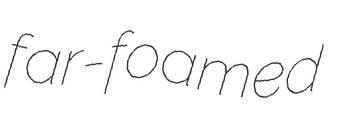
far-foamed